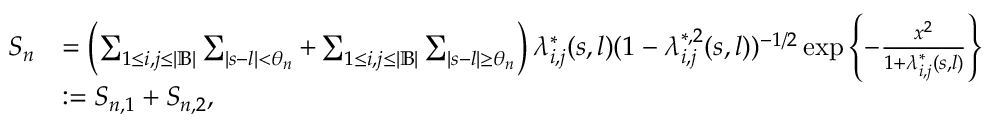
\begin{array} { r l } { S _ { n } } & { = \left( \sum _ { 1 \leq i , j \leq | \mathbb { B } | } \sum _ { | s - l | < \theta _ { n } } + \sum _ { 1 \leq i , j \leq | \mathbb { B } | } \sum _ { | s - l | \geq \theta _ { n } } \right) \lambda _ { i , j } ^ { * } ( s , l ) ( 1 - \lambda _ { i , j } ^ { * , 2 } ( s , l ) ) ^ { - 1 / 2 } \exp \left\{ - \frac { x ^ { 2 } } { 1 + \lambda _ { i , j } ^ { * } ( s , l ) } \right\} } \\ & { : = S _ { n , 1 } + S _ { n , 2 } , } \end{array}